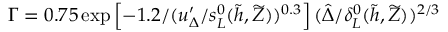
\Gamma = 0 . 7 5 \exp \left[ - 1 . 2 / ( u _ { \Delta } ^ { \prime } / s _ { L } ^ { 0 } ( \widetilde { h } , \widetilde { Z } ) ) ^ { 0 . 3 } \right] ( \hat { \Delta } / \delta _ { L } ^ { 0 } ( \widetilde { h } , \widetilde { Z } ) ) ^ { 2 / 3 }